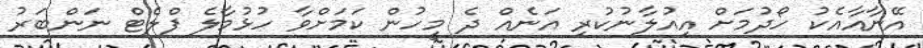
އޭނާއާއެކު ހޯދުމަށް އިއުލާނުކުރި އަނެއް ދެ މީހުން ކަމަށްވާ ހުޅުމާލެ ފްލެޓް ނަންބަރު